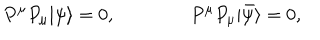
P ^ { \mu } P _ { \mu } | \psi \rangle = 0 , \qquad \qquad P ^ { \mu } P _ { \mu } | \bar { \psi } \rangle = 0 ,